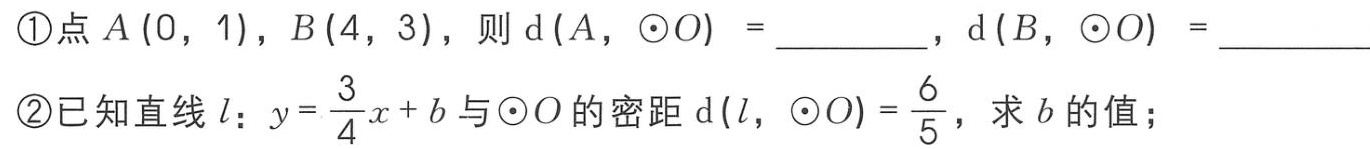
\textcircled{1}点\(A(0,1)\)，\(B(4,3)\)，则\(d(A,\odot O)=\underline{\quad\quad}\)，\(d(B,\odot O)=\underline{\quad\quad}\)

\textcircled{2}已知直线\(l:y = \frac{3}{4}x + b\)与\(\odot O\)的密距\(d(l,\odot O)=\frac{6}{5}\)，求\(b\)的值；